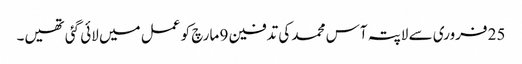
25 فروری سے لاپتہ آس محمد کی تدفین 9 مارچ کو عمل میں لائی گئی تھیں۔